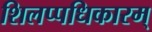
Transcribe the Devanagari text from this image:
शिलप्पधिकारम्‌